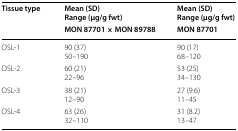
<table><thead><tr><td rowspan="2"><b>Tissue type</b></td><td><b>Mean (SD)Range (μg/g fwt)</b></td><td><b>Mean (SD)Range (μg/g fwt)</b></td></tr><tr><td><b>MON 87701 × MON 89788</b></td><td><b>MON 87701</b></td></tr></thead><tbody><tr><td>OSL-1</td><td>90 (37)50–190</td><td>90 (17)68–120</td></tr><tr><td>OSL-2</td><td>60 (21)22–96</td><td>53 (25)34–130</td></tr><tr><td>OSL-3</td><td>38 (21)12–90</td><td>27 (9.6)11–45</td></tr><tr><td>OSL-4</td><td>63 (26)32–110</td><td>31 (8.2)13–47</td></tr></tbody></table>